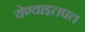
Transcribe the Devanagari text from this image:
येण्याइतपत